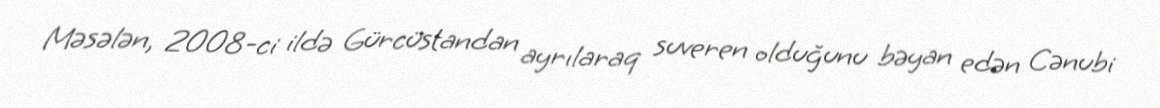
Məsələn, 2008-ci ildə Gürcüstandan ayrılaraq suveren olduğunu bəyan edən Cənubi